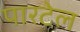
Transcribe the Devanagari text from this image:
पारटेल